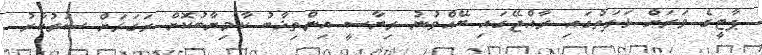
ޕާޓީގެ ވަރަށް ޅަފަތުގައި ރާއްޖޭގައި ބޭއްވުނު ރިޔާސީ އިންތިޚާބު ކާމިޔާބުކޮށް ރަގަޅަށް ސަރުކާރު